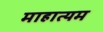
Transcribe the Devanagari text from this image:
माहात्यम